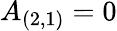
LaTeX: A_{(2,1)}=0